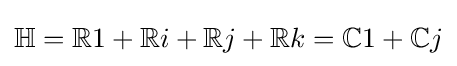
\mathbb {H} =\mathbb {R} 1+\mathbb {R} i+\mathbb {R} j+\mathbb {R} k=\mathbb {C} 1+\mathbb {C} j